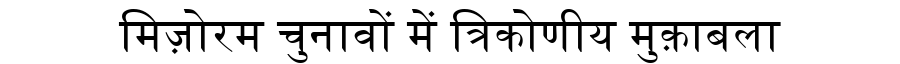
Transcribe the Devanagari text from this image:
मिज़ोरम चुनावों में त्रिकोणीय मुक़ाबला